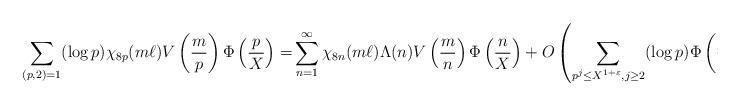
LaTeX: \begin{align*} \sum_{(p,2)=1}(\log p)\chi_{8p}(m\ell )V \left( \frac {m}{p} \right) \Phi\left(\frac{p}{X}\right) =& \sum^{\infty}_{n=1} \chi_{8n}(m\ell ) \Lambda(n) V \left( \frac {m}{n} \right) \Phi \left( \frac {n}X \right) +O \left(\sum_{\substack{p^j \leq X^{1+\varepsilon}, j \geq 2 }} (\log p)\Phi \left( \frac {p^j}X \right) \right ).\end{align*}